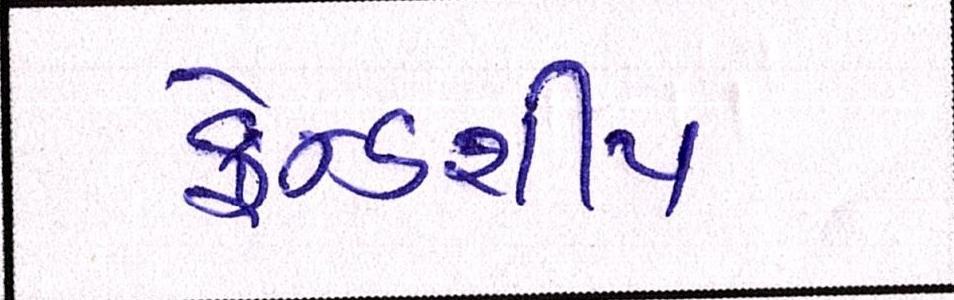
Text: ફ્રેન્ડશીપ